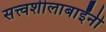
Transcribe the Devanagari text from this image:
सत्त्वशीलाबाईंनी